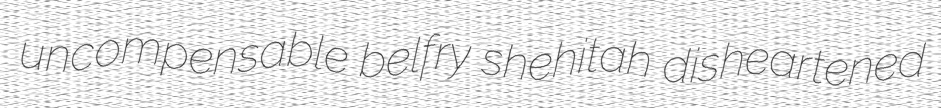
uncompensable belfry shehitah disheartened